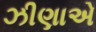
ઝીણાએ